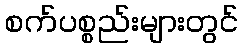
စက်ပစ္စည်းများတွင်